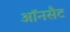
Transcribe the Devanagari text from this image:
ऑनसैट